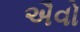
ઐવો